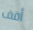
أقف